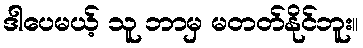
ဒါပေမယ့် သူ ဘာမှ မတတ်နိုင်ဘူး။